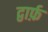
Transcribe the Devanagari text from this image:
द्वार्फ़